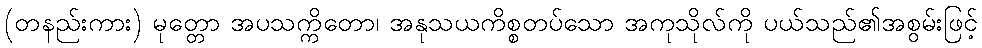
(တနည်းကား) မုတ္တော အပသက္ကိတော၊ အနုသယကိစ္စတပ်သော အကုသိုလ်ကို ပယ်သည်၏အစွမ်းဖြင့်